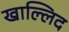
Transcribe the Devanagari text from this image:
खाल्लिद